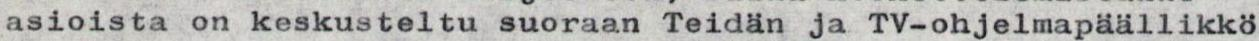
asioista on keskusteltu suoraan Teidän ja TV-ohjelmapäällikkö